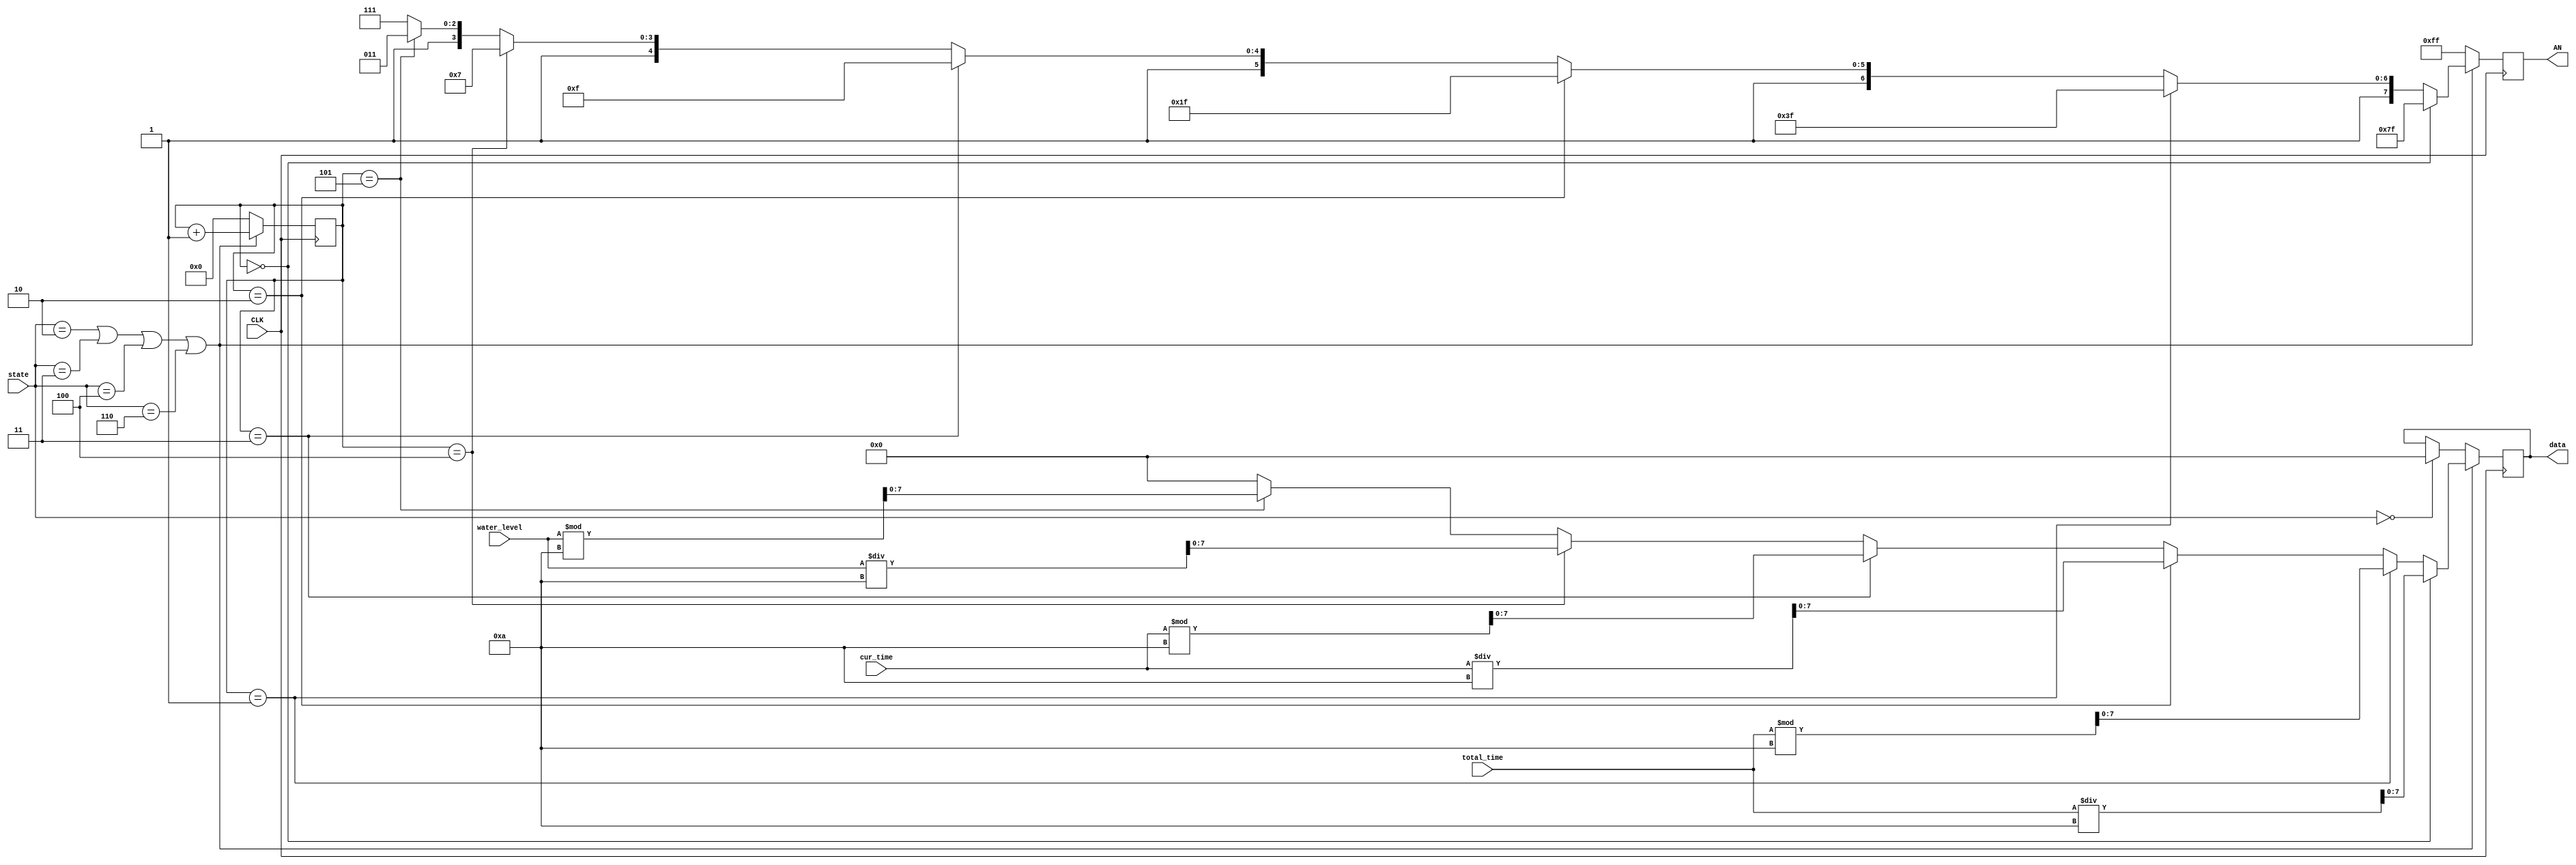
`timescale 1ns / 1ps

module data_select(CLK,state,cur_time,total_time,water_level,data,AN);
    input CLK;
    input [2:0]state;
    input [7:0]cur_time;
    input [7:0]total_time;
    input [7:0]water_level;
    output reg[7:0]data;
    output reg [7:0]AN;
    
    reg [3:0]count;
        parameter OFF=0,CHOOSE=1,WASH=2,FLOAT=3,DRY=4,PAUSE=5,FINISH=6;
    initial begin
        count <= 0;
    
    end
    always @(posedge CLK) begin
        if(state == OFF) begin
            data <= 0;
            AN <= 8'b11111111;
        end
        if(state == WASH||state==FLOAT||state == DRY||state==FINISH) begin
            count <= count + 1;
            if(count == 0) begin
                AN <= 8'b01111111;
                data <= total_time / 10;
            end
            else if (count == 1) begin
                AN <= 8'b10111111;
                data <= total_time %10;
            end 
            else if(count == 2) begin
                AN <= 8'b11011111;
                data <= cur_time / 10;
            end
            else if (count == 3) begin
                AN <= 8'b11101111;
                data <= cur_time %10;
            end
            else if(count == 4) begin
                AN <= 8'b11110111;
                data <= water_level / 10;
            end
            else if (count == 5) begin
                AN <= 8'b11111011;
                data <= water_level % 10;
            end
            else begin
                AN <= 8'b11111111;
                data <= 0;
            end
        end
        else begin
            count <=0;
            AN <= 8'b11111111;
        end
    end
endmodule